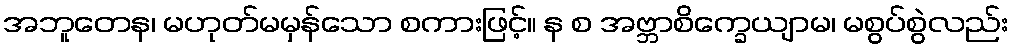
အဘူတေန၊ မဟုတ်မမှန်သော စကားဖြင့်။ န စ အဗ္ဘာစိက္ခေယျာမ၊ မစွပ်စွဲလည်း